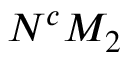
N ^ { c } M _ { 2 }